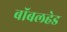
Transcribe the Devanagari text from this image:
बॉबलहेड